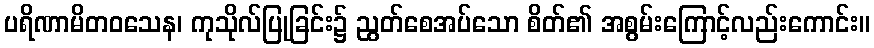
ပရိဏာမိတဝသေန၊ ကုသိုလ်ပြုခြင်း၌ ညွတ်စေအပ်သော စိတ်၏ အစွမ်းကြောင့်လည်းကောင်း။